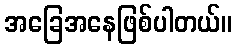
အခြေအနေဖြစ်ပါတယ်။